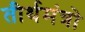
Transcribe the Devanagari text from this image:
तीर्थमंत्रो